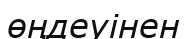
өңдеуінен